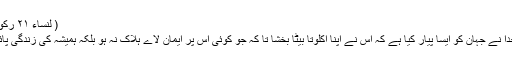
( لنساء ۲۱ رکوع)
’’ خدُا نے جہان کو ایسا پیار کیا ہے کہ اُس نے اپنا اکلوتا بیٹا بخشا تا کہ جو کوئی اُس پر ایمان لاے ہلاک نہ ہو بلکہ ہمیشہ کی زندگی پائے۔